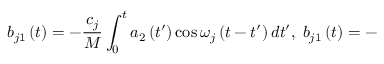
b _ { j 1 } \left( t \right) = - \frac { c _ { j } } M \int _ { 0 } ^ { t } a _ { 2 } \left( t ^ { \prime } \right) \cos \omega _ { j } \left( t - t ^ { \prime } \right) d t ^ { \prime } , \; b _ { j 1 } \left( t \right) = -